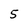
Character: 5